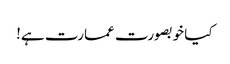
کیا خوبصورت عمارت ہے!